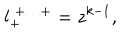
l _ { + } ^ { \; + \ldots + } = z ^ { k - 1 } ,